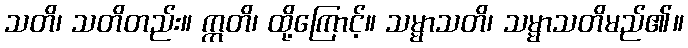
သတိ၊ သတိတည်း။ ဣတိ၊ ထို့ကြောင့်။ သမ္မာသတိ၊ သမ္မာသတိမည်၏။